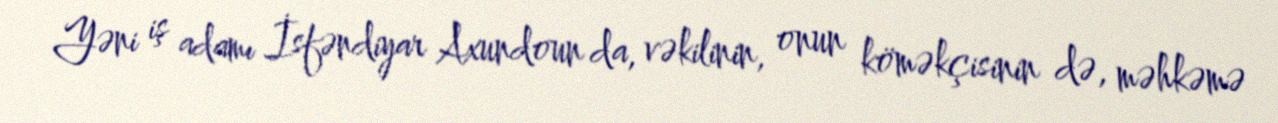
Yəni iş adamı İsfəndiyar Axundoun da, vəkilinin, onun köməkçisinin də, məhkəmə